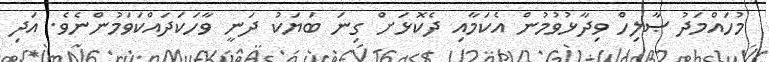
މުހައްމަދު ޞާލިހް ވިދާޅުވުމުން އެކަމާއި ދެކޮޅަށް ގިނަ ބަޔަކު ދަނީ ވާހަކަދައްކަވަމުންނެވެ. އަދި